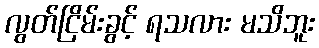
လွတ်ငြိမ်းခွင့် ရသလား မသိဘူး